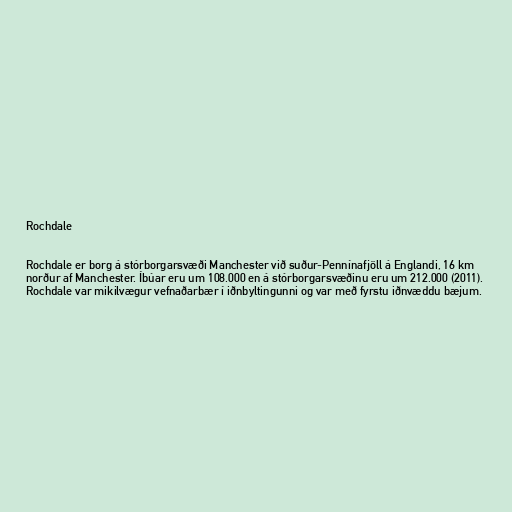
Rochdale

Rochdale er borg á stórborgarsvæði Manchester við suður-Pennínafjöll á Englandi, 16 km
norður af Manchester. Íbúar eru um 108.000 en á stórborgarsvæðinu eru um 212.000 (2011).
Rochdale var mikilvægur vefnaðarbær í iðnbyltingunni og var með fyrstu iðnvæddu bæjum.